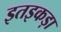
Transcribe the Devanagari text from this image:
इतइकड़ा